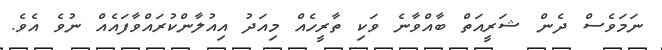
ނަމަވެސް ދެން ޝަރީއަތް ބާއްވާނެ ވަކި ތާރީހެއް މިއަދު އިއުލާންކުރައްވާފައެއް ނުވެ އެވެ.